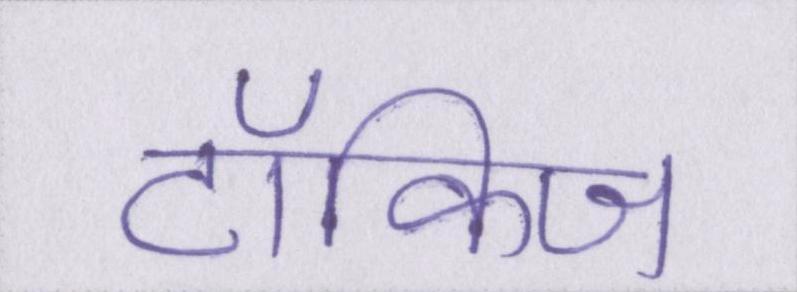
टॉकिज